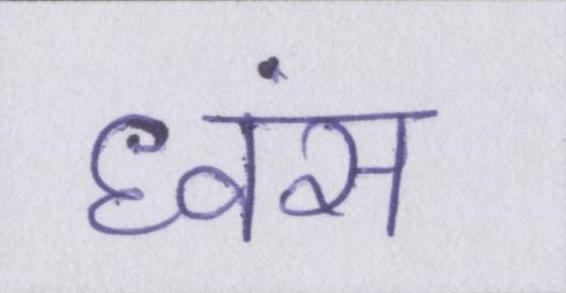
ध्वंस